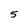
Character: 5